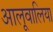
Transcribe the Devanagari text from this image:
आलूवालिया